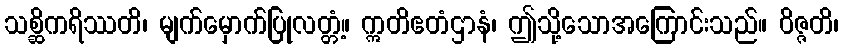
သစ္ဆိကရိဿတိ၊ မျက်မှောက်ပြုလတ္တံ့။ ဣတိဧတံဌာနံ၊ ဤသို့သောအကြောင်းသည်။ ဝိဇ္ဇတိ၊